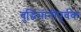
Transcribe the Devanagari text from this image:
बुद्धिमानीपूर्वक